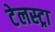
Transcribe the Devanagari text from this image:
टेलस्ट्रा